Reports on dispensaries and lunatic asylums in the Province of Oudh - 1869-1876
Year: 1869
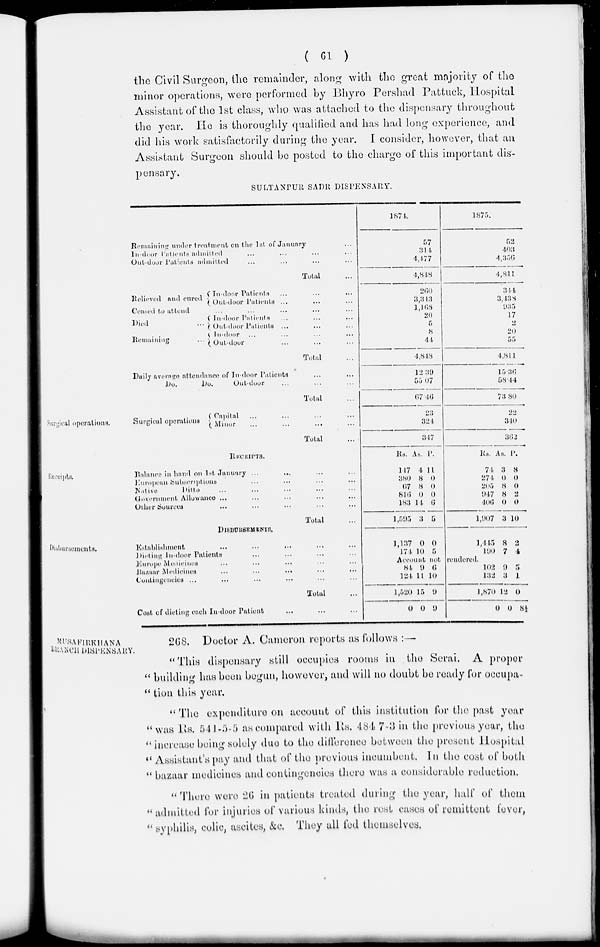
( 61 )
the Civil Surgeon, the remainder, along with the great majority of the
minor operations, were performed by Bhyro Pershad Pattuck, Hospital
Assistant of the 1st class, who was attached to the dispensary throughout
the year, He is thoroughly qualified and has had long experience, and
did his work satisfactorily during the year. I consider, however, that an
Assistant Surgeon should be posted to the charge of this important dis
pensary.
SULTANPUR SADR DISPENSARY.
Remaining under treatment on the 1st of January ...
In-door Patients admitted
Out-door Patients admitted
Total
Relieved and cured
In-door Patients ...
...
...
Out-door Patients ... ... ...
Ceased to attend ... ... ... ... ...
Died
...
Remaining
...
In-door Patients ... ... ...
Out-door Patients ... ... ...
In-door ... ... ...
Out-door ... ... ...
Total ...
Daily average attendance of In-door Patients ... ...
Do.
Do.
Out-door ... ... ...
Total
1874.
57
314
4,477
4,848
260
3,313
l,168
20
5
8
44
4,848
12.39
55.07
67.46
1875.
52
403
4,356
4,811
344
3,438
935
17
2
20
55
4,811
15.36
58.44
73.80
Surgical operations.
Surgical operations
Capital ... ... ... ...
Minor ... ... ... ...
Total ...
23
324
347
22
340
362
Receipts.
RECEIPTS.
Balance in hand on 1st January ... ... ... ...
European Subscriptions ... ... ... ...
Native
Ditto ... ... ... ... ...
Government Allowance ... ... ... ... ...
Other Sources ... ... ... ... ...
Total ...
Rs.
147
380
67
816
183
l,595
AS.
4
8
8
0
14
3
P.
11
0
0
0
6
5
Rs.
74
274
205
947
406
l,907
As.
3
0
8
8
0
3
p.
8
0
0
2
0
10
Disbursements.
DISBURSEMENTS.
Establishment ... ... ... ... ...
Dieting In-door Patients ... ... ... ...
Europe Medicines ... ... ... ... ...
Bazaar Medicines ... ... ... ... ...
...
Contingencies ... ... ... ... ...
Total ...
Cost of dieting each In-door Patient ... ... ...
1,137
174
0
10
0
5
1,445
190
8
7
2
4
Account not rendered.
84
124
1,520
0
9
11
15
0
6
10
9
9
102
132
1,870
0
9
3
12
0
5
1
0
8⅓
MUSAFIRKHANA
BRANCH DISPENSARY.
268. Doctor A. Cameron reports as follows : —
"This dispensary still occupies rooms in the Serai. A proper
" building has been begun, however, and will no doubt be ready for occupa-
" tion this year.
" The expenditure on account of this institution for the past year
" was Rs. 541-5-5 as compared with Its. 484-7-3 in the previous year, the
" increase being solely due to the difference between the present Hospital
" Assistant's pay and that of the previous incumbent. In the cost of both
" bazaar medicines and contingencies there was a considerable reduction.
" There were 26 in patients treated during the year, half of them
" admitted for injuries of various kinds, the rest cases of remittent fever,
" syphilis, colic, ascites, &c. They all fed themselves.